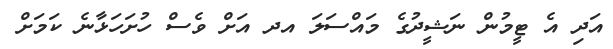
އަދި އެ ޓީމުން ނަޝީދުގެ މައްސަލަ އދ އަށް ވެސް ހުށަހަޅާނެ ކަމަށް